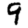
Digit: 9